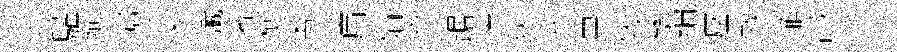
驩殉郇袁䜟著櫛斋血病娟賚踞洋狄竽昊牧繇编壓救菲鸪